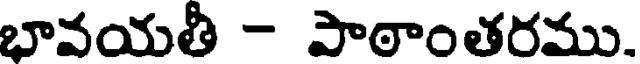
భావయతీ - పాఠాంతరము.